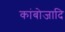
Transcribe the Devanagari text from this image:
कांबोजादि